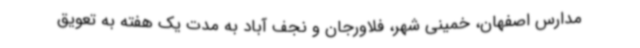
مدارس اصفهان، خمینی شهر، فلاورجان و نجف آباد به مدت یک هفته به تعویق